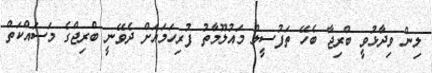
ލިން ވިދާޅުވީ ބްރިޖާ ބެހޭ ތަފުސީލް މައުލޫމާތު ފުރިހަމައަށް ދެވޭނީ ބްރިޖްގެ މަސައްކަތް